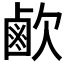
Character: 𣤓